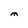
Character: M